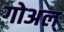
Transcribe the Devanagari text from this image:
गोअल्